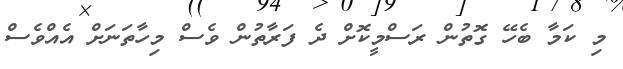
މި ކަމާ ބެހޭ ގޮތުން ރަސްމީކޮށް ދެ ފަރާތުން ވެސް މިހާތަނަށް އެއްވެސް